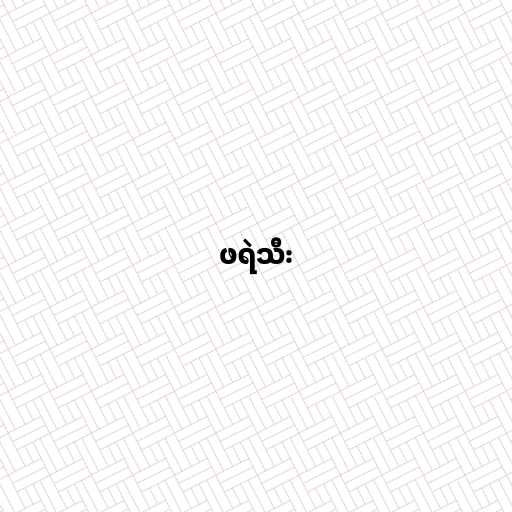
ဖရဲသီး